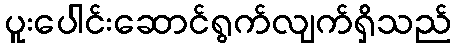
ပူးပေါင်းဆောင်ရွက်လျက်ရှိသည်